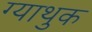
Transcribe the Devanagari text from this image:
ग्याथुक